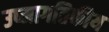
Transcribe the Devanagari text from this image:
उष्मागतिकीय